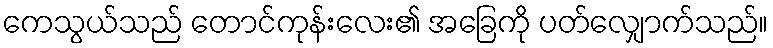
ကေသွယ်သည် တောင်ကုန်းလေး၏ အခြေကို ပတ်လျှောက်သည်။